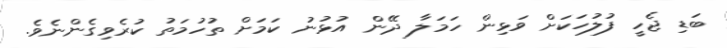
ބަޑި ޖެހީ ފުލުހަކަށް ވަޅިން ހަމަލާ ދޭން އުޅުނު ކަމަށް ތުހުމަތު ކުރެވިގެންނެވެ.